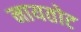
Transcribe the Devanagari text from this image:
नायतोट